Report on vaccination in the Province of Bengal - 1874-1889
Year: 1874
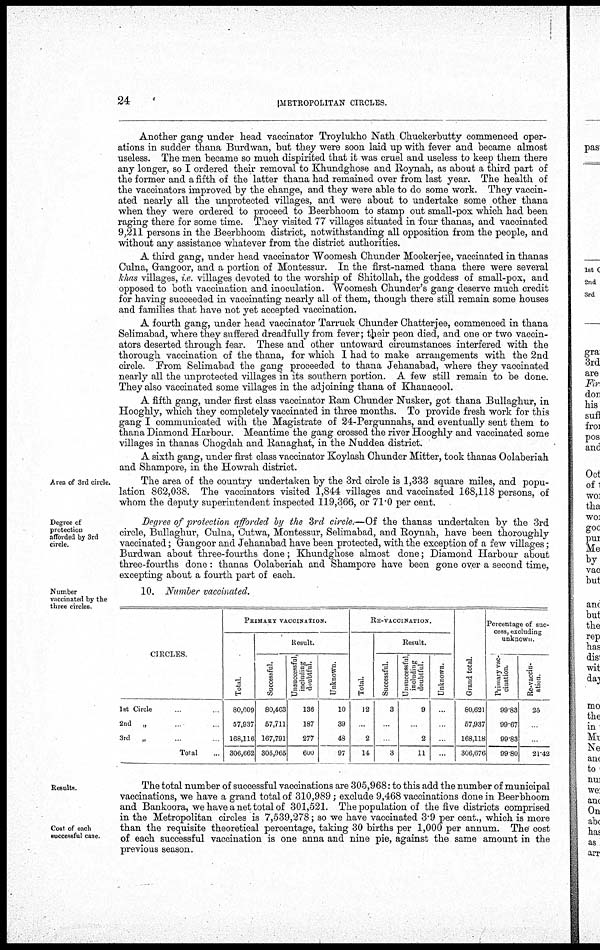
24
METROPOLITAN CIRCLES.
Another gang under head vaccinator Troylukho Nath Chuckerbutty commenced oper-
ations in sudder thana Burdwan, but they were soon laid up with fever and became almost
useless. The men became so much dispirited that it was cruel and useless to keep them there
any longer, so I ordered their removal to Khundghose and Roynah, as about a third part of
the former and a fifth of the latter thana had remained over from last year. The health of
the vaccinators improved by the change, and they were able to do some work. They vaccin-
ated nearly all the unprotected villages, and were about to undertake some other thana
when they were ordered to proceed to Beerbhoom to stamp out small-pox which had been
raging there for some time. They visited 77 villages situated in four thanas, and vaccinated
9,211 persons in the Beerbhoom district, notwithstanding all opposition from the people, and
without any assistance whatever from the district authorities.
A third gang, under head vaccinator Woomesh Chunder Mookerjee, vaccinated in thanas
Culna, Gangoor, and a portion of Montessur. In the first-named thana there were several
khas villages, i.e. villages devoted to the worship of Shitollah, the goddess of small-pox, and
opposed to both vaccination and inoculation. Woomesh Chunder's gang deserve much credit
for having succeeded in vaccinating nearly all of them, though there still remain some houses
and families that have not yet accepted vaccination.
A fourth gang, under head vaccinator Tarruck Chunder Chatterjee, commenced in thana
Selimabad, where they suffered dreadfully from fever; their peon died, and one or two vaccin-
ators deserted through fear. These and other untoward circumstances interfered with the
thorough vaccination of the thana , for which I had to make arrangements with the 2nd
circle. From Selimabad the gang proceeded to thana Jehanabad, where they vaccinated
nearly all the unprotected villages in its southern portion. A few still remain to be done.
They also vaccinated some villages in the adjoining thana of Khanacool.
A fifth gang, under first class vaccinator Ram Chunder Nusker, got thana Bullaghur, in
Hooghly, which they completely vaccinated in three months. To provide fresh work for this
gang I communicated with the Magistrate of 24-Pergunnahs, and eventually sent them to
thana Diamond Harbour. Meantime the gang crossed the river Hooghly and vaccinated some
villages in thanas Chogdah and Ranaghat, in the Nuddea district.
A sixth gang, under first class vaccinator Koylash Chunder Mitter, took thanas Oolaberiah
and Shampore, in the Howrah district.
Area of 3rd circle.
The area of the country undertaken by the 3rd circle is 1,333 square miles, and popu-
lation 862,038. The vaccinators visited 1,844 villages and vaccinated 168,118 persons, of
whom the deputy superintendent inspected 119,366, or 71.0 per cent.
Degree of
protection
afforded by 3rd
circle.
Degree of protection afforded by the 3rd circle.—Of the thanas undertaken by the 3rd
circle, Bullaghur, Culna, Cutwa, Montessur, Selimabad, and Roynah, have been thoroughly
vaccinated; Gangoor and Jehanabad have been protected, with the exception of a few villages;
Burdwan about three-fourths done; Khundghose almost done; Diamond Harbour about
three-fourths done: thanas Oolaberiah and Shampore have been gone over a second time,
excepting about a fourth part of each.
Number
vaccinated by the
three circles.
10. Number vaccinated.
CIRCLES.
1st Circle ... ...
2nd „ ... ...
3rd „ ... ...
Total ...
PRIMARY VACCINATION.
Total.
80,609
57,937
168,116
306,662
Result.
Successful.
80,463
57,711
167,791
305,965
Unsuccessful,
including
doubtful.
136
187
277
600
Unknown.
10
39
48
97
RE-VACCINATION.
Total.
12
...
2
14
Result.
Successful.
3
...
3
Unsuccessful,
including
doubtful.
9
...
2
11
Unknown.
...
...
...
...
Grand total.
80,621
57,937
168,118
306,676
Percentage of suc-
cess, excluding
unknown.
Primary vac-
cination.
99.83
99.67
99.83
99.80
Re-vaccin-
ation.
25
21.42
Results.
Cost of each
successful case.
The total number of successful vaccinations are 305,968: to this add the number of municipal
vaccinations, we have a grand total of 310,989; exclude 9,468 vaccinations done in Beerbhoom
and Bankoora, we have a net total of 301,521. The population of the five districts comprised
in the Metropolitan circles is 7,539,278; so we have vaccinated 3.9 per cent., which is more
than the requisite theoretical percentage, taking 30 births per 1,000 per annum. The cost
of each successful vaccination is one anna and nine pie, against the same amount in the
previous season.